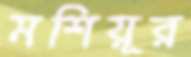
মশিয়ূর